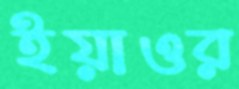
ইয়াওর